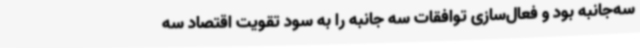
سه‌جانبه بود و فعال‌سازی توافقات سه جانبه را به سود تقویت اقتصاد سه